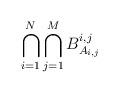
LaTeX: \begin{align*}\bigcap_{i = 1}^N \bigcap_{j = 1}^M B^{i,j}_{A_{i,j}}\end{align*}